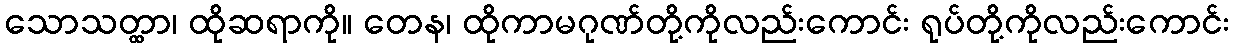
သောသတ္ထာ၊ ထိုဆရာကို။ တေန၊ ထိုကာမဂုဏ်တို့ကိုလည်းကောင်း ရုပ်တို့ကိုလည်းကောင်း